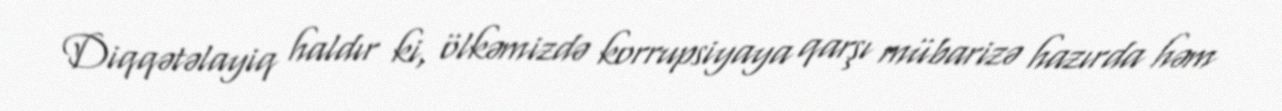
Diqqətəlayiq haldır ki, ölkəmizdə korrupsiyaya qarşı mübarizə hazırda həm